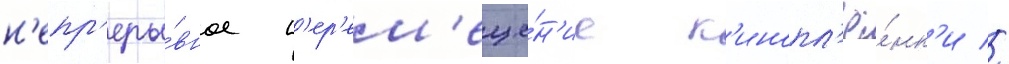
н'епр'еры́вное п'ер'ем'еще́н'ие к'инопл'ё́нк'и //